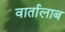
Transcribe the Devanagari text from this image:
वार्तालाब